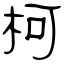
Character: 柯